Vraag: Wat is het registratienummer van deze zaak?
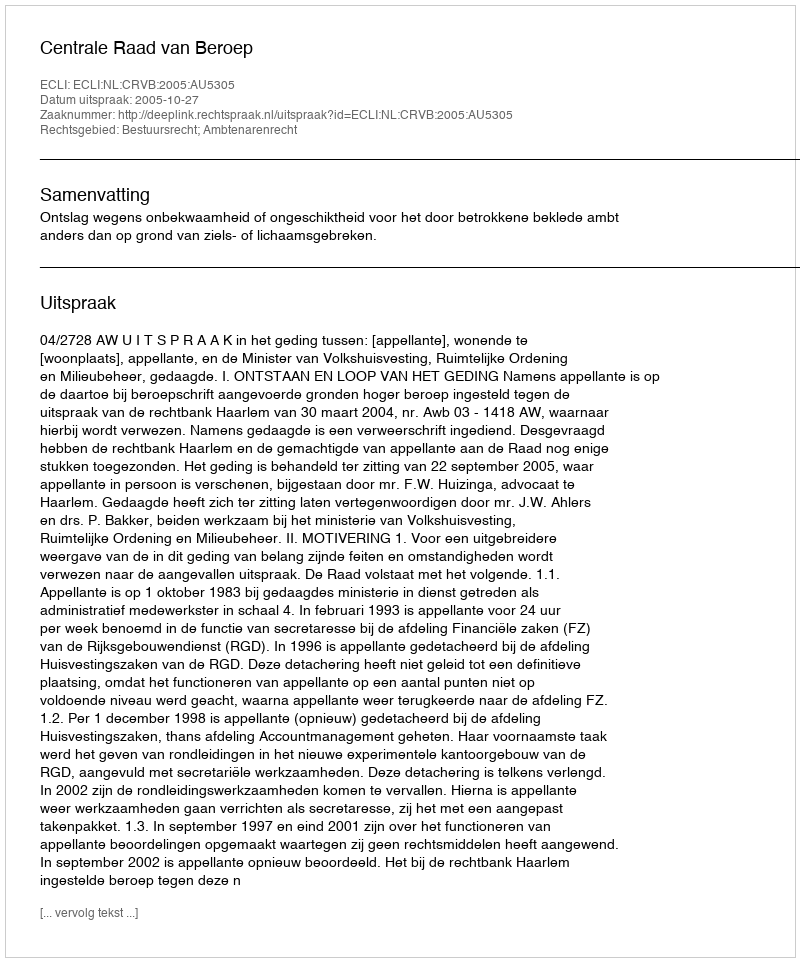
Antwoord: http://deeplink.rechtspraak.nl/uitspraak?id=ECLI:NL:CRVB:2005:AU5305